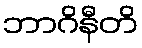
ဘာဂိနီတိ